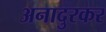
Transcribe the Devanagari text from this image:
अनादुरकर